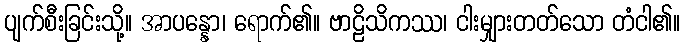
ပျက်စီးခြင်းသို့။ အာပန္နော၊ ရောက်၏။ ဗာဠိသိကဿ၊ ငါးမျှားတတ်သော တံငါ၏။